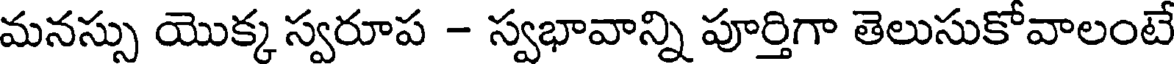
మనస్సు యొక్క స్వరూప - స్వభావాన్ని పూర్తిగా తెలుసుకోవాలంటే